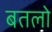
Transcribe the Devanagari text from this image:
बतलो